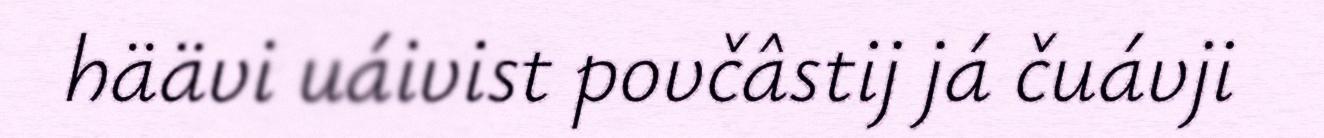
häävi uáivist povčâstij já čuávji